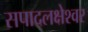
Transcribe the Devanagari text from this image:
सपादलक्षेश्वर